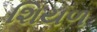
શિયળ